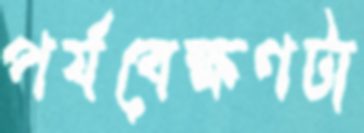
পর্যবেক্ষণটা